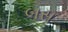
બસ